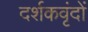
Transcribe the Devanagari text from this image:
दर्शकवृंदों